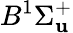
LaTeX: B^{1}\Sigma_{\mathbf{u}}^{+}